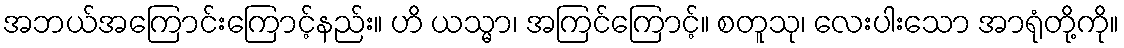
အဘယ်အကြောင်းကြောင့်နည်း။ ဟိ ယသ္မာ၊ အကြင်ကြောင့်။ စတူသု၊ လေးပါးသော အာရုံတို့ကို။